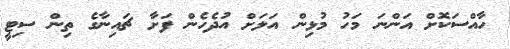
ހާއްސަކޮށް އަންނަ މަހު މުޅިން އަލަށް އުދެހެން ފަށާ ޗައިނާގެ ތިން ސިޓީ